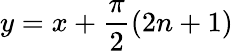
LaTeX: y=x+\frac{\pi}{2}(2n+1)